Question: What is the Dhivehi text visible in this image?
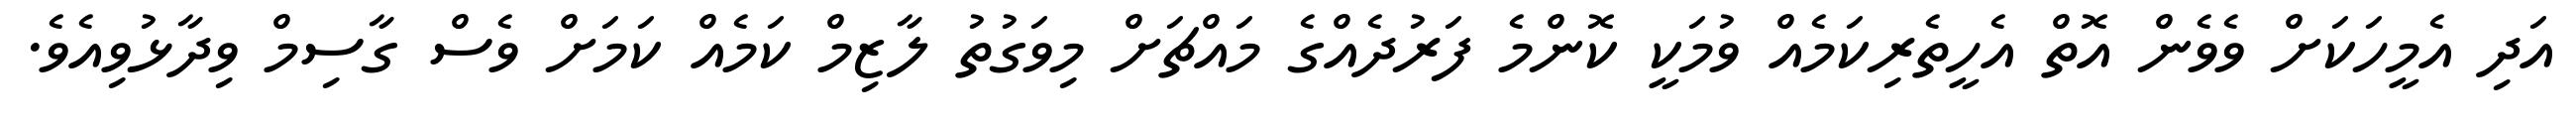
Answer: އަދި އެމީހަކަށް ވެވެން އޮތް އެހީތެރިކަމެއް ވުމަކީ ކޮންމެ ފަރުދެއްގެ މައްޗަށް މިވަގުތު ލާޒިމް ކަމެއް ކަމަށް ވެސް ގާސިމް ވިދާޅުވިއެވެ.